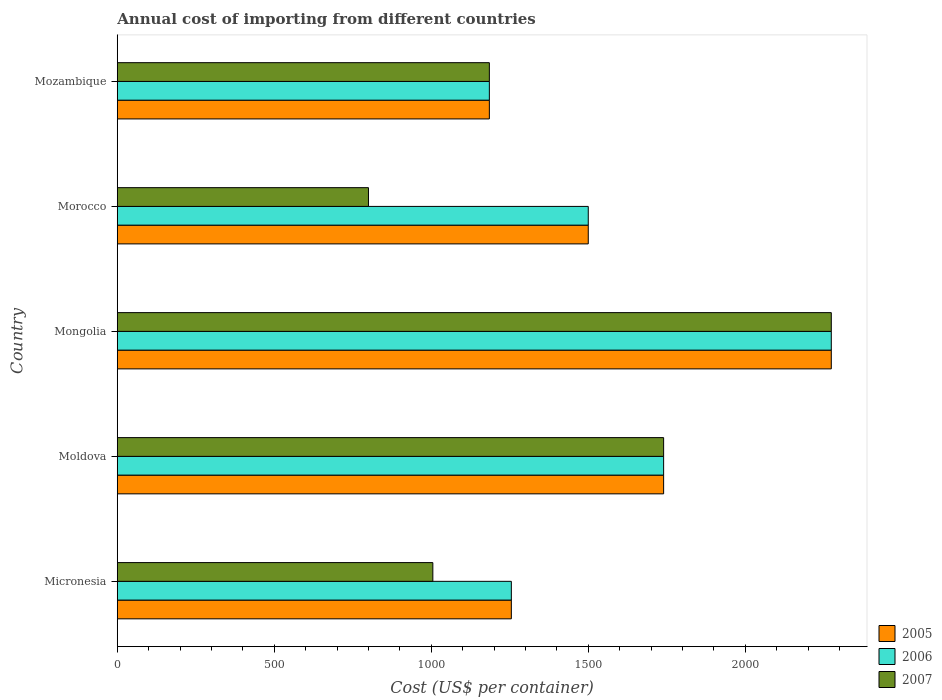
| Country | 2005 | 2006 | 2007 |
 | --- | --- | --- | --- |
 | Micronesia | 1.26e+03 | 1.26e+03 | 1.00e+03 |
 | Moldova | 1.74e+03 | 1.74e+03 | 1.74e+03 |
 | Mongolia | 2.27e+03 | 2.27e+03 | 2.27e+03 |
 | Morocco | 1.5e+03 | 1.5e+03 | 800 |
 | Mozambique | 1.18e+03 | 1.18e+03 | 1.18e+03 |